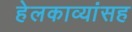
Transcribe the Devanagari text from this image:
हेलकाव्यांसह